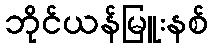
ဘိုင်ယန်မြူးနစ်